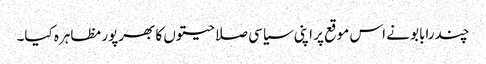
چندرابابو نے اس موقع پر اپنی سیاسی صلاحیتوں کا بھرپور مظاہرہ کیا۔